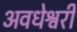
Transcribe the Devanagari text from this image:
अवधेश्वरी